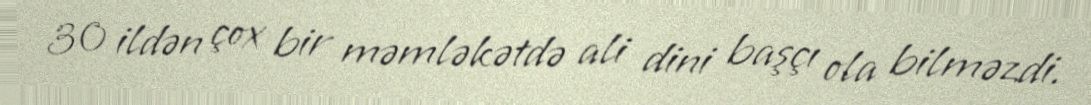
30 ildən çox bir məmləkətdə ali dini başçı ola bilməzdi.